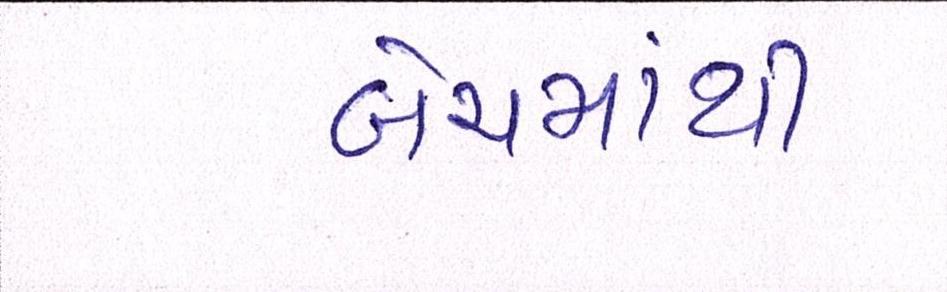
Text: બેચમાંથી